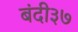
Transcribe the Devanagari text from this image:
बंदी३७